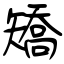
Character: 矯